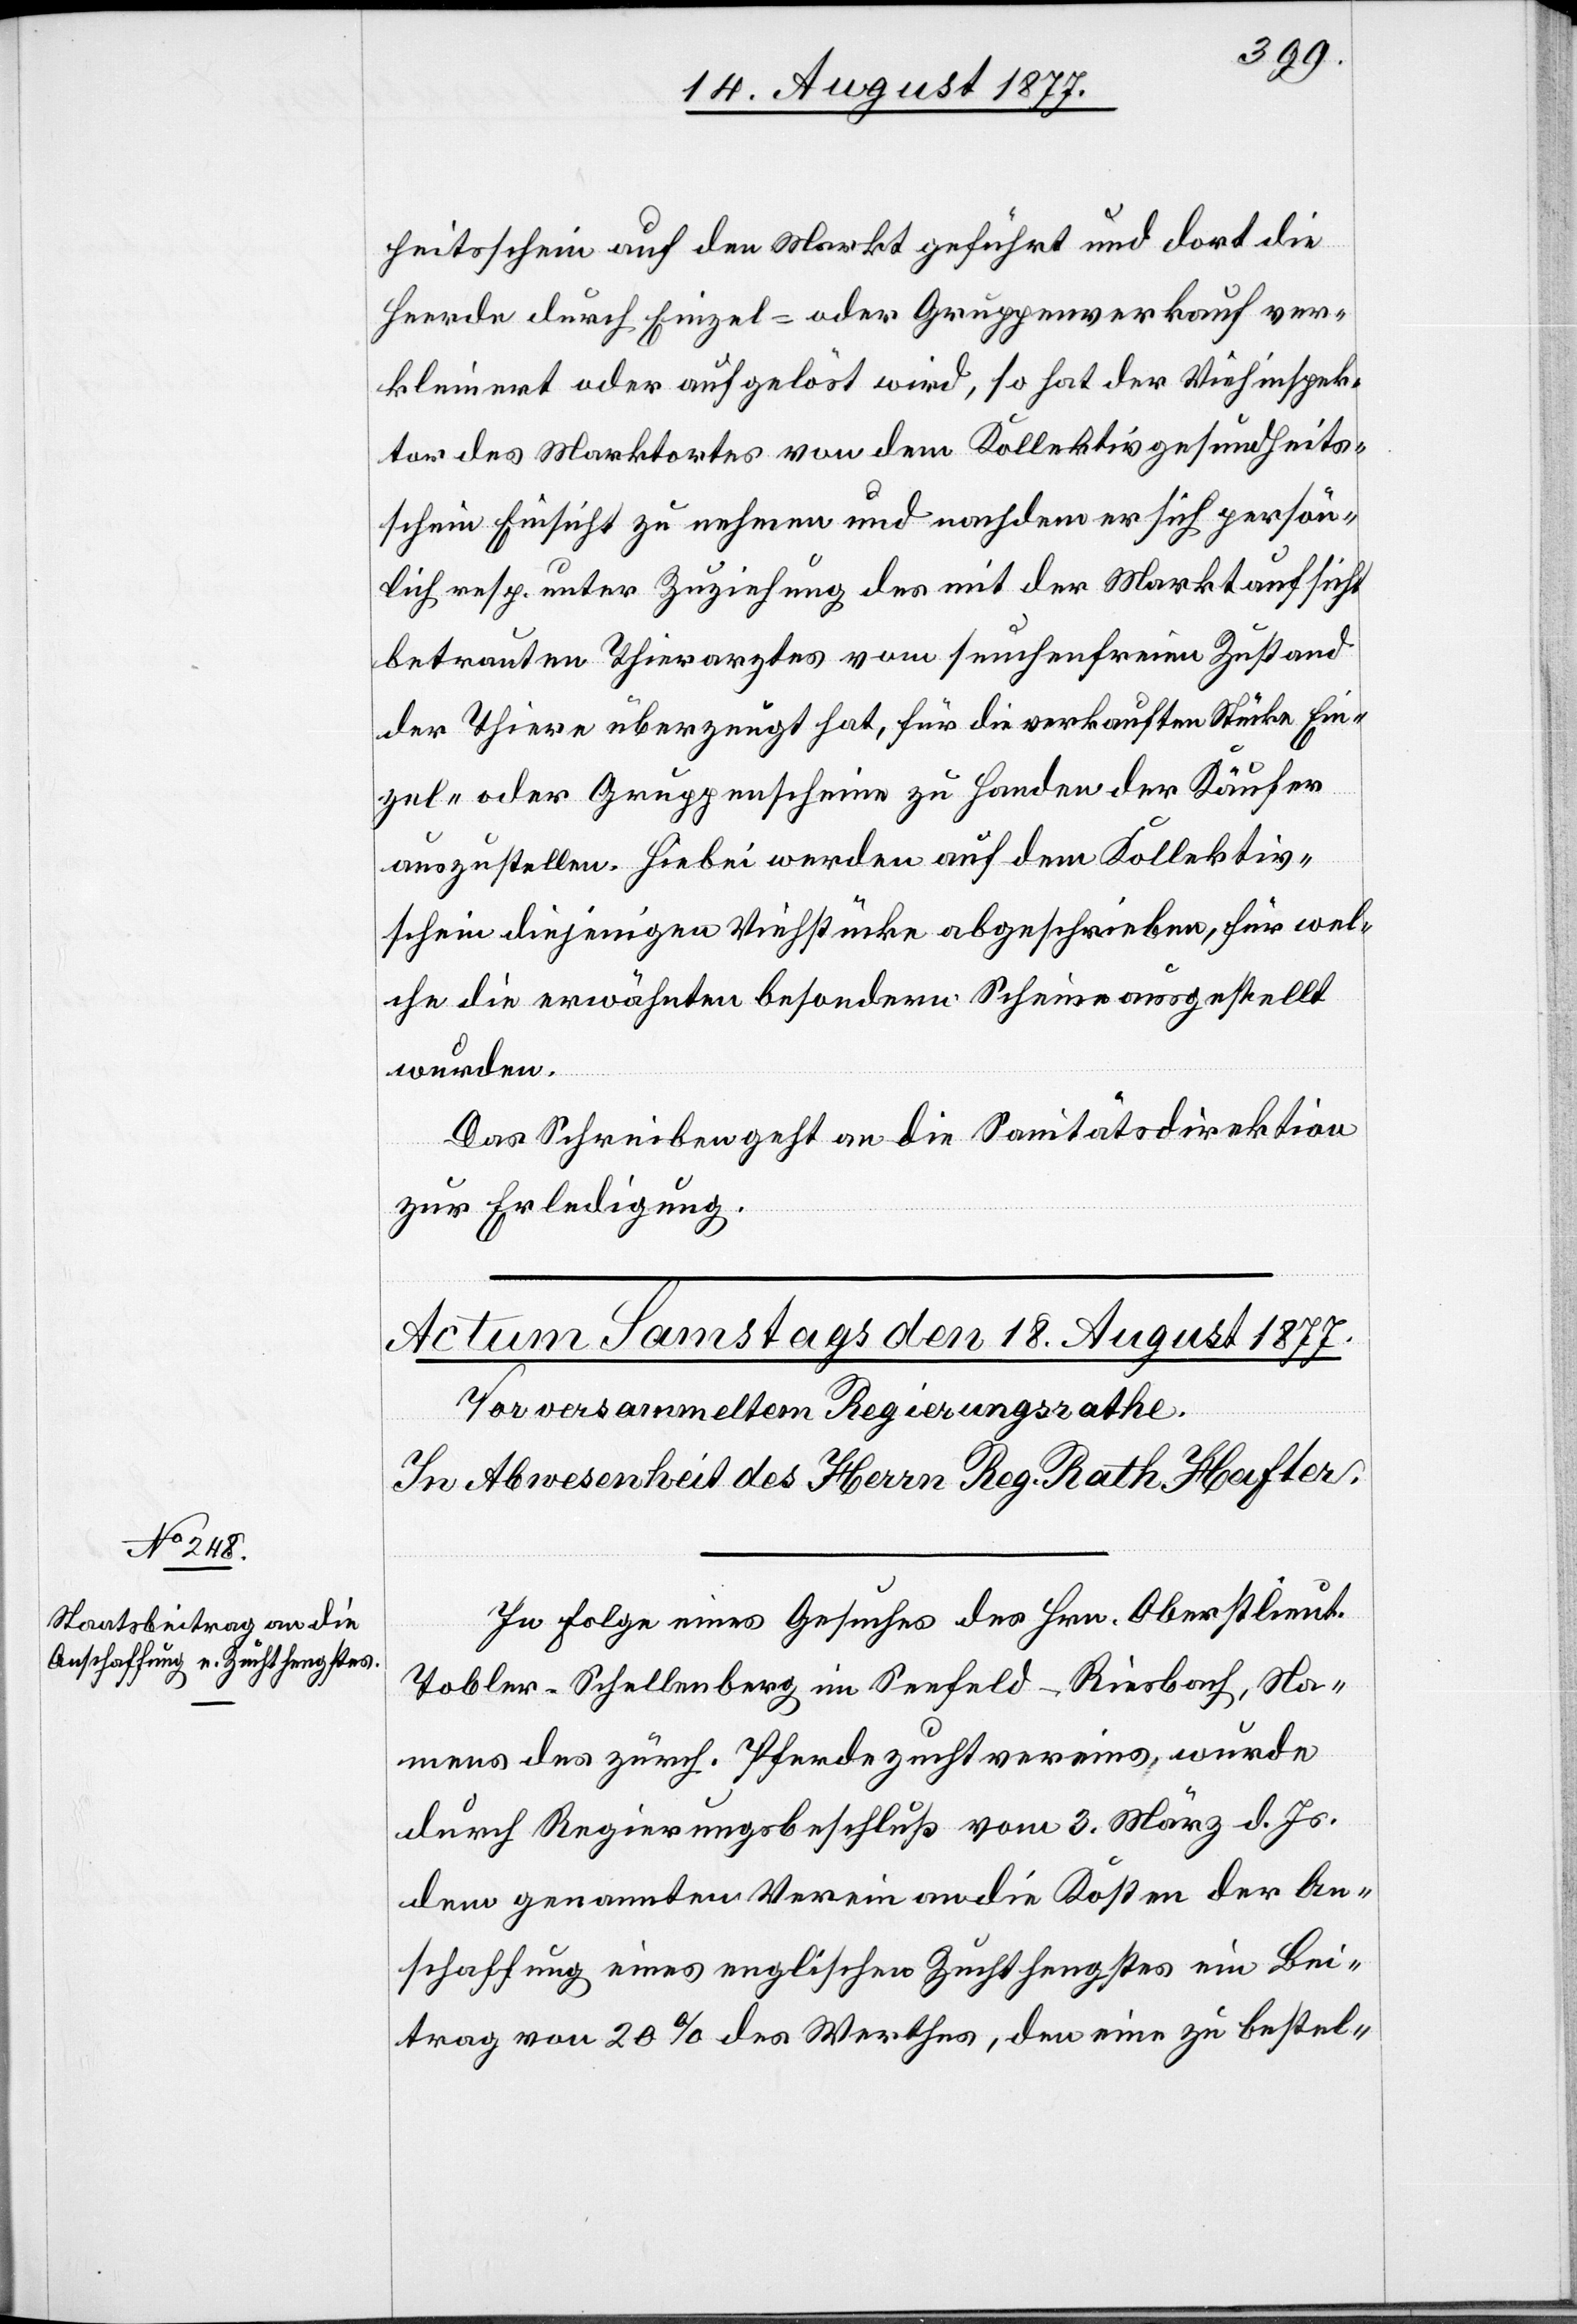
heitsschein auf den Markt geführt und dort die
Heerde durch Einzel- oder Gruppenverkauf ver¬
kleinert oder aufgelöst wird, so hat der Viehinspek¬
tor des Marktortes von dem Kollektivgesundheits¬
schein Einsicht zu nehmen und nachdem er sich persön¬
lich resp. unter Zuziehung des mit der Marktaufsicht
betreuten Thierarztes vom seuchenfreien Zustand
der Thiere überzeugt hat, für die verkauften Stücke Ein¬
zel- oder Gruppenscheine zu Handen der Käufer
auszustellen. Hiebei werden auf dem Kollektiv¬
schein diejenigen Viehstücke abgeschrieben, für wel¬
che die erwähnten besondern Scheine ausgestellt
Das Schreiben geht an die Sanitätsdirektion
zur Erledigung.
In Folge eines Gesuches des Hrn. Oberstlieut.
Tobler-Schellenberg im Seefeld - Riesbach, Na¬
mens des zürch. Pferdezuchtvereins, wurde
durch Regierungsbeschluß vom 3. März d. Js.
dem genannten Verein an die Kosten der An¬
schaffung eines englischen Zuchthengstes ein Bei¬
trag von 20% des Werthes, den eine zu bestel-